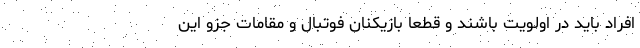
افراد باید در اولویت باشند و قطعا بازیکنان فوتبال و مقامات جزو این